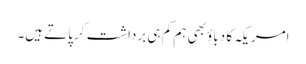
امریکہ کا دباؤ بھی ہم کم ہی برداشت کر پاتے ہیں۔